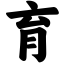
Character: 育